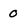
Character: 0